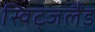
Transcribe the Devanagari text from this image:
स्विट्जर्लैंड